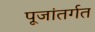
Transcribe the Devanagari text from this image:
पूजांतर्गत